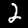
Label: 2